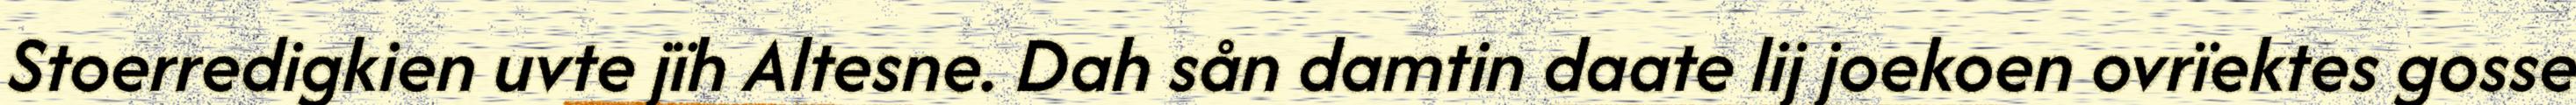
Stoerredigkien uvte jïh Altesne. Dah sån damtin daate lij joekoen ovrïektes gosse